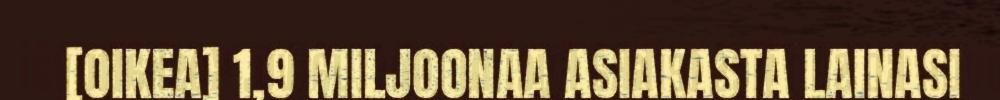
[OIKEA] 1,9 MILJOONAA ASIAKASTA LAINASI